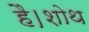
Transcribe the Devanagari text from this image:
है।शोथ